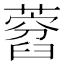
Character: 𦽜